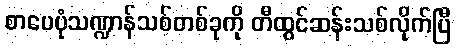
စာပေပုံသဏ္ဍာန်သစ်တစ်ခုကို တီထွင်ဆန်းသစ်လိုက်ပြီ